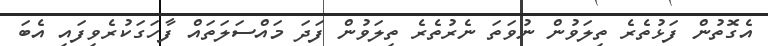
އެގޮތުން ފަޅުތެރެ ތިލަވުން ނުވަތަ ނެރުތެރެ ތިލަވުން ފަދަ މައްސަލަތައް ފާހަގަކުރެވިފައި އެބަ